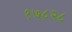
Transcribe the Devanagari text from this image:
१७८२८